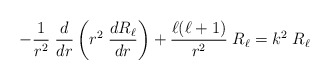
\begin{align*}- {1\over r^2} \; {d\over dr} \left( r^2\; {dR_\ell\over dr} \right) + {\ell(\ell+1)\over r^2}\; R_\ell =k^2 \; R_\ell\end{align*}